Civil Veterinary Dept. Assam report 1911-1927 - 1911-1927
Year: 1911
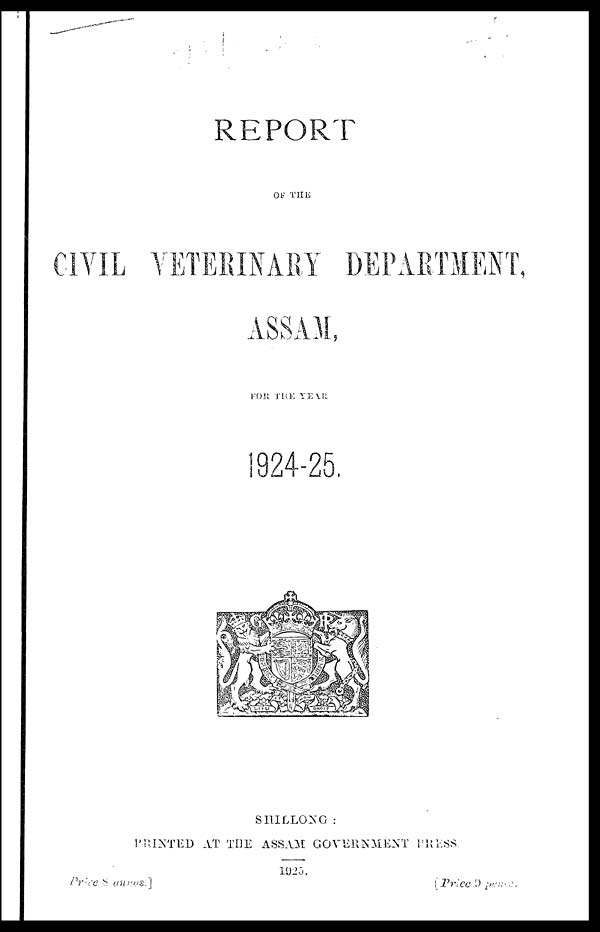
REPORT
OF THE
CIVIL VETERINARY DEPARTMENT,
ASSAM,
FOR THE YEAR
SHILLONG :
PRINTED AT THE ASSAM GOVERNMENT PRESS.
1925.
Price 8 annas.]
[Price 9 pence.]